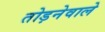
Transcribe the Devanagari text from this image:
तोड़नेवाले